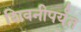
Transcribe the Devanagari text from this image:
शिवनीपर्यंत